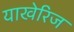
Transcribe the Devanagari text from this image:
याखेरिज